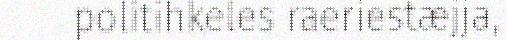
politihkeles raeriestæjja,